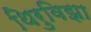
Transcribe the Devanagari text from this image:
थिरुविझा